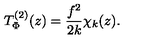
T _ { \Phi } ^ { ( 2 ) } ( z ) = \frac { f ^ { 2 } } { 2 k } \chi _ { k } ( z ) .